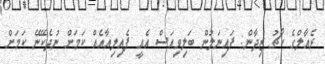
ރެއާލްގެ ކޯޗު ޒިދާން: ފައިނަލުން ބަލިވިއަސް އެއީ ފެއިލިއާއެއް ކަމަށް ނުދެކޭނޭ ކަމަށް